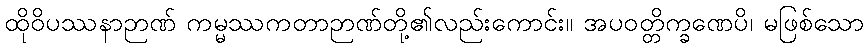
ထိုဝိပဿနာဉာဏ် ကမ္မဿကတာဉာဏ်တို့၏လည်းကောင်း။ အပဝတ္တိက္ခဏေပိ၊ မဖြစ်သော